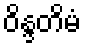
ဝိန္ဒတိမံ